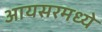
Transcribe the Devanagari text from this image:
आयसरमध्ये